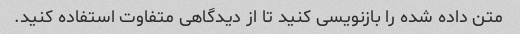
متن داده شده را بازنویسی کنید تا از دیدگاهی متفاوت استفاده کنید.